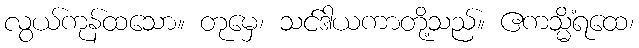
လွယ်ကုန်ထသော။ တုမှေ၊ သင်ဒါယကာတို့သည်။ ဧကသ္မိံရထေ၊